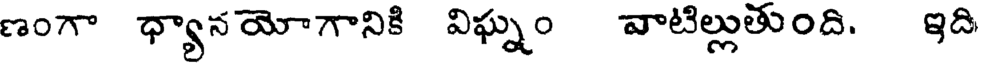
ణంగా ధ్యాన యోగానికి విఘ్నం వాటిల్లుతుంది. ఇది